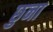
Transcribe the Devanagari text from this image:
छुना